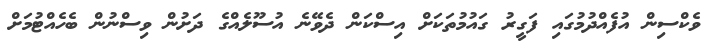
ވެކްސިން އުފެއްދުމުގައި ފަގީރު ގައުމުތަކަށް އިސްކަން ދެވޭނެ އުސޫލެއްގެ ދަށުން ވިސްނުން ބެހެއްޓުމަށް